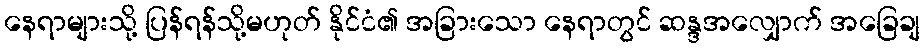
နေရာများသို့ ပြန်ရန်သို့မဟုတ် နိုင်ငံ၏ အခြားသော နေရာတွင် ဆန္ဒအလျှောက် အခြေချ